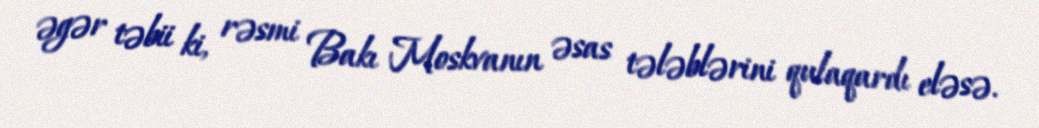
əgər təbii ki, rəsmi Bakı Moskvanın əsas tələblərini qulaqardı eləsə.